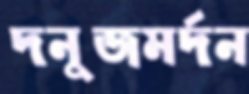
দনুজমর্দন